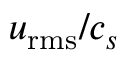
u _ { \mathrm { r m s } } / c _ { s }